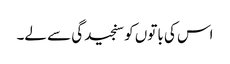
اس کی باتوں کو سنجیدگی سے لے۔